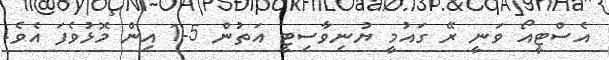
އެސްޓީއޯ ވަނީ ރޭ ގައުމީ ޔުނިވާސިޓީ އަތުން 5-1 އިން މޮޅުވެފަ އެވެ.